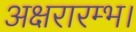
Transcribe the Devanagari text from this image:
अक्षरारम्भ।